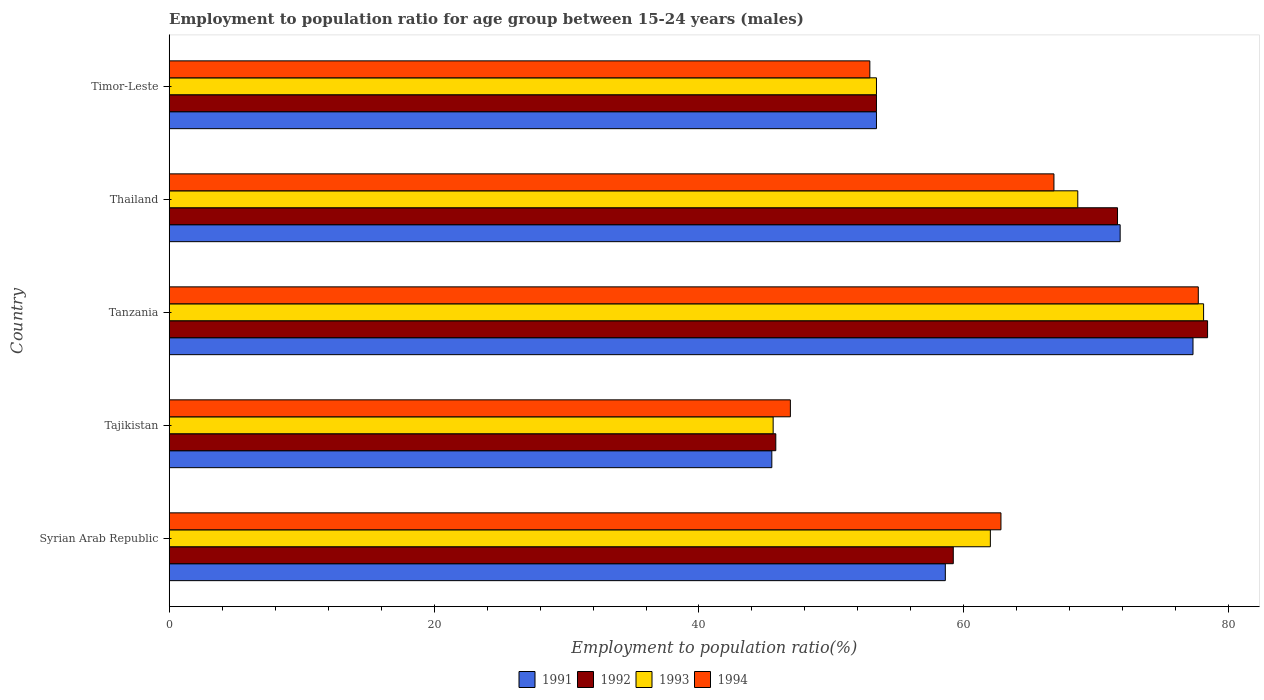
| Country | 1991 | 1992 | 1993 | 1994 |
 | --- | --- | --- | --- | --- |
 | Syrian Arab Republic | 58.6 | 59.2 | 62 | 62.8 |
 | Tajikistan | 45.5 | 45.8 | 45.6 | 46.9 |
 | Tanzania | 77.3 | 78.4 | 78.1 | 77.7 |
 | Thailand | 71.8 | 71.6 | 68.6 | 66.8 |
 | Timor-Leste | 53.4 | 53.4 | 53.4 | 52.9 |